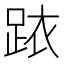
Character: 𲃠